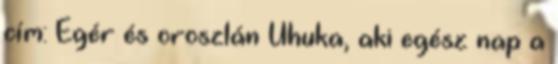
cím: Egér és oroszlán Uhuka, aki egész nap a